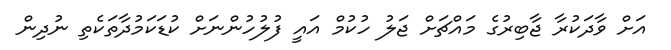
އަށް ވާދަކުރާ ޖާބިރުގެ މައްޗަށް ޖަލު ހުކުމް އައީ ފުލުހުންނަށް ކުޑަކަމުދާތަކެތި ނުދިން